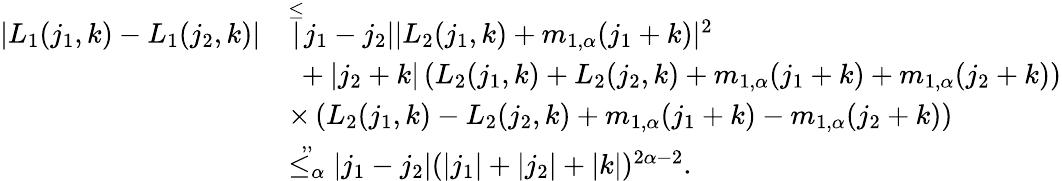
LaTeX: \begin{array}{rl}{|L_{1}(j_{1},k)-L_{1}(j_{2},k)|}&{\overset\le|j_{1}-j_{2}||L_{2}(j_{1},k)+m_{1,\alpha}(j_{1}+k)|^{2}}\\ &{\ +|j_{2}+k|\left(L_{2}(j_{1},k)+L_{2}(j_{2},k)+m_{1,\alpha}(j_{1}+k)+m_{1,\alpha}(j_{2}+k)\right)}\\ &{\times\left(L_{2}(j_{1},k)-L_{2}(j_{2},k)+m_{1,\alpha}(j_{1}+k)-m_{1,\alpha}(j_{2}+k)\right)}\\ &{\overset{,,}{\le_{\alpha}}|j_{1}-j_{2}|(|j_{1}|+|j_{2}|+|k|)^{2\alpha-2}.}\end{array}